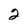
Character: 2